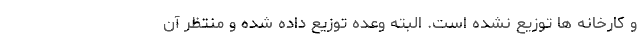
و کارخانه ها توزیع نشده است. البته وعده توزیع داده شده و منتظر آن